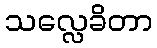
သလ္လေခိတာ